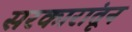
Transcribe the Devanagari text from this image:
सरकारांतून